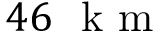
4 6 ~ \mathrm { ~ k ~ m ~ }